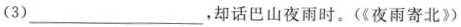
(3)___，却话巴山夜雨时。(《夜雨寄北》)